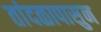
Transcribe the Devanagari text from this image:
तांदळापासुन